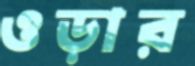
ওড়ার